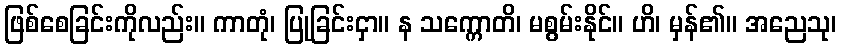
ဖြစ်စေခြင်းကိုလည်း။ ကာတုံ၊ ပြုခြင်းငှာ။ န သက္ကောတိ၊ မစွမ်းနိုင်။ ဟိ၊ မှန်၏။ အညေသု၊